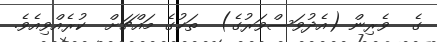
ގެ  ވެރިން (އެދުވަސްވަރުގެ)  ތަކުގެ މައްޗަށް  ކުރެއްވިއެވެ.